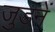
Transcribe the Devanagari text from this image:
जुडनें